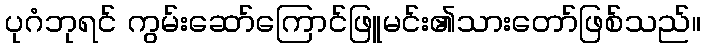
ပုဂံဘုရင် ကွမ်းဆော်ကြောင်ဖြူမင်း၏သားတော်ဖြစ်သည်။